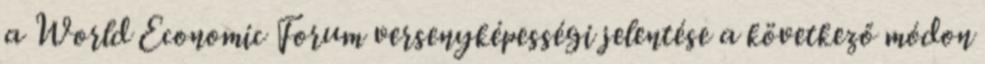
a World Economic Forum versenyképességi jelentése a következő módon